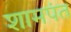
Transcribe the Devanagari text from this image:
शामपंत